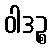
ဝါဒဉ္စ